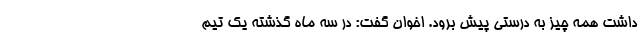
داشت همه چیز به درستی پیش برود. اخوان گفت: در سه ماه گذشته یک تیم